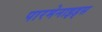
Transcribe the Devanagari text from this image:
पारमेनाइड्स